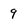
Character: 9